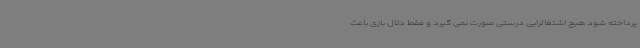
پرداخته شود هیچ اشتغالزایی درستی صورت نمی گیرد و فقط دلال بازی باعث